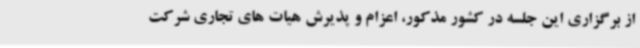
از برگزاری این جلسه در کشور مذکور، اعزام و پذیرش هیات های تجاری شرکت